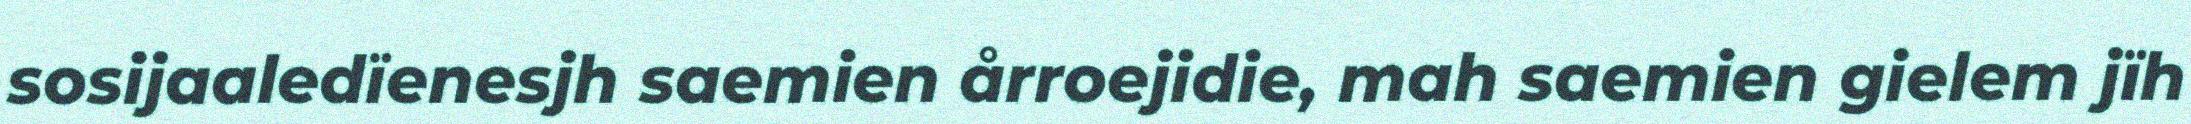
sosijaaledïenesjh saemien årroejidie, mah saemien gielem jïh